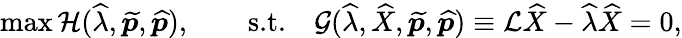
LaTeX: \operatorname*{max}\mathcal{H}(\widehat{\lambda},\widetilde{\boldsymbol{p}},\widehat{\boldsymbol{p}}),\qquad\textrm{s.t.}\quad\mathcal{G}(\widehat{\lambda},\widehat{X},\widetilde{\boldsymbol{p}},\widehat{\boldsymbol{p}})\equiv\mathcal{L}\widehat{X}-\widehat{\lambda}\widehat{X}=0,